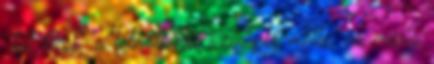
"túl kicsi" a felnőtt női szereplő melle, az máris